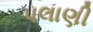
પલાણી